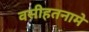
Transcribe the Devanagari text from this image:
वसीहतनामे